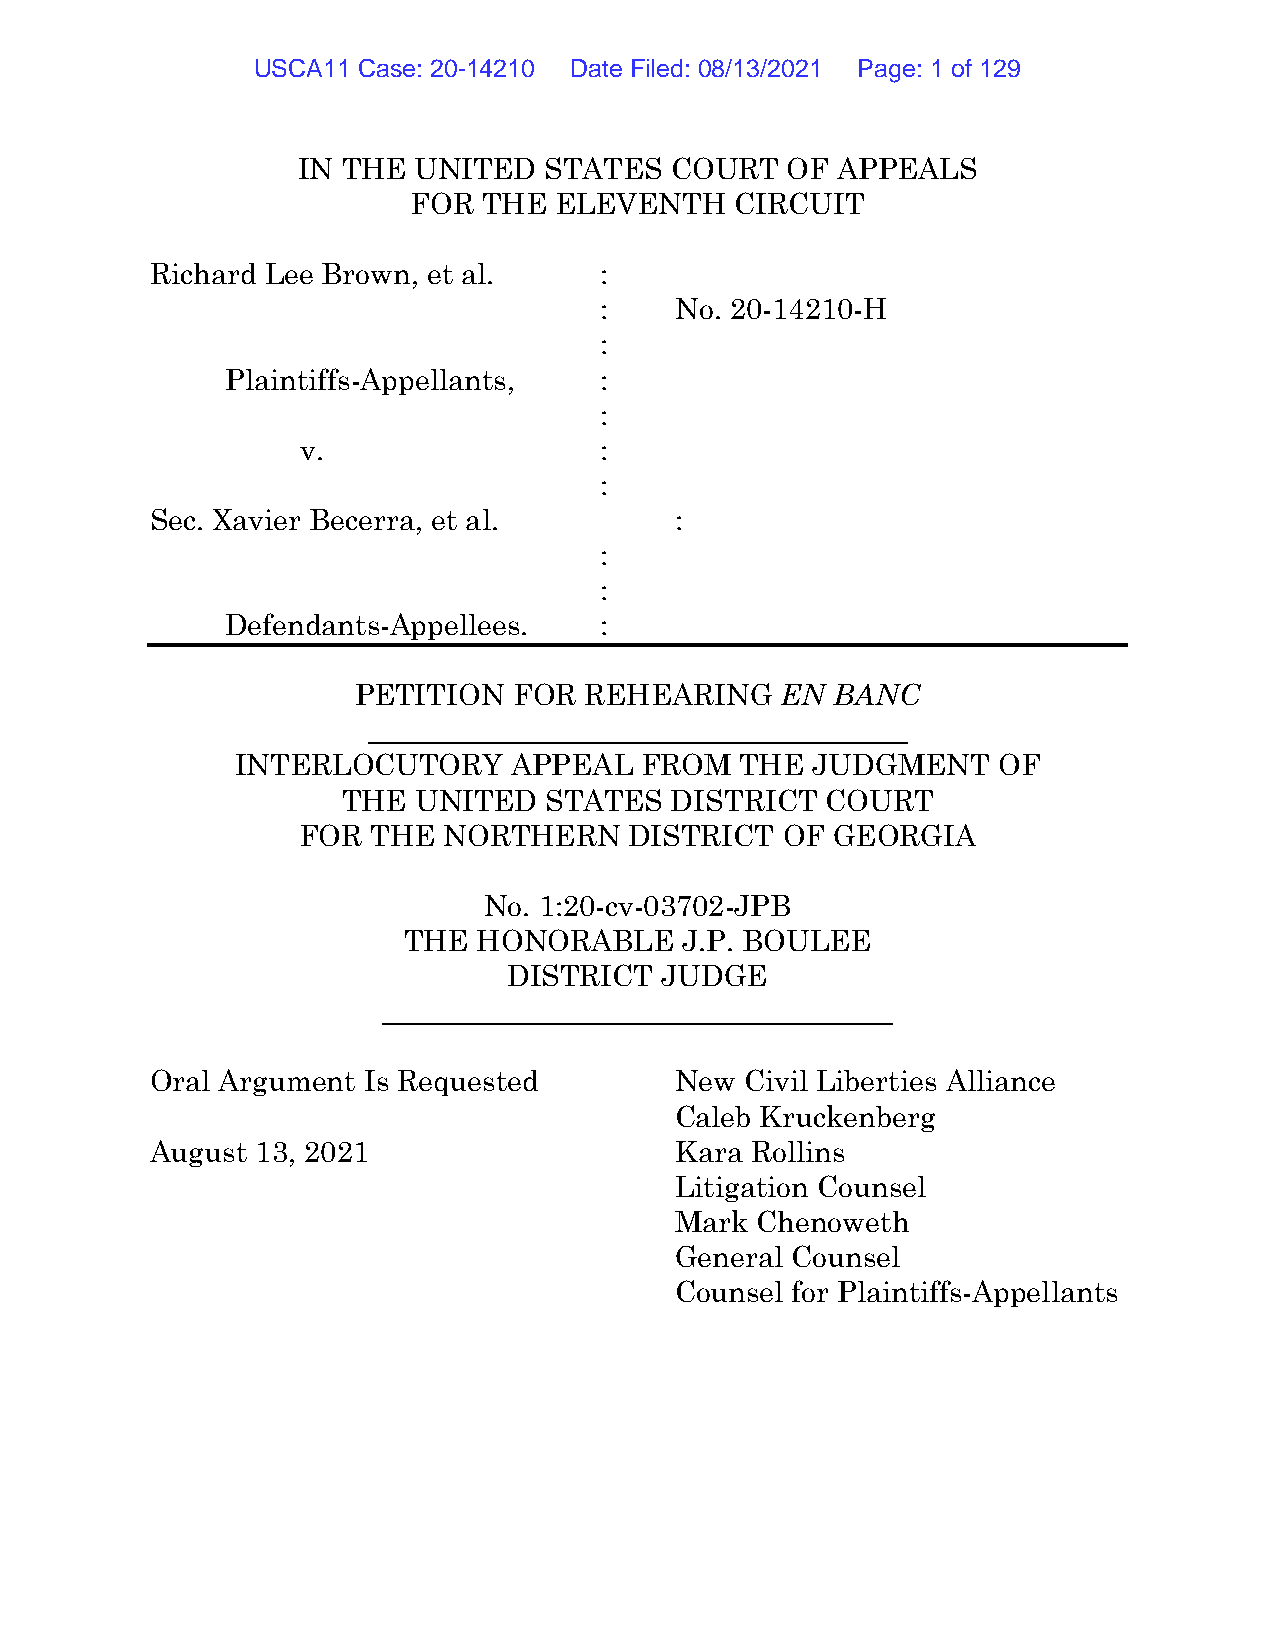
USCA11 Case: 20-14210 Date Filed: 08/13/2021 Page: 1 of 129
 IN THE UNITED   STATES  COURT   OF APPEALS
 FOR  THE  ELEVENTH    CIRCUIT
 Richard Lee Brown, et al.     :
 :    No. 20-14210-H
 :
 Plaintiffs-Appellants,   :
 :
 v.                  :
 :
 Sec. Xavier Becerra, et al.        :
 :
 :
 Defendants-Appellees.    :
 PETITION  FOR  REHEARING    EN BANC
 _____________________________________
 INTERLOCUTORY     APPEAL  FROM   THE  JUDGMENT    OF
 THE UNITED   STATES  DISTRICT   COURT
 FOR  THE NORTHERN     DISTRICT  OF GEORGIA
 No. 1:20-cv-03702-JPB
 THE  HONORABLE    J.P. BOULEE
 DISTRICT  JUDGE
 ___________________________________
 Oral Argument Is Requested         New Civil Liberties Alliance
 Caleb Kruckenberg
 August 13, 2021                    Kara Rollins
 Litigation Counsel
 Mark Chenoweth
 General Counsel
 Counsel for Plaintiffs-Appellants